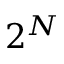
2 ^ { N }